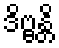
ဒိဗ္ဗန္တိ